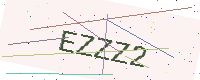
Text: EZZZ2